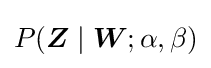
P({\boldsymbol {Z}}\mid {\boldsymbol {W}};\alpha ,\beta )